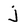
Character: j